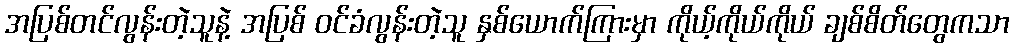
အပြစ်တင်လွန်းတဲ့သူနဲ့ အပြစ် ဝင်ခံလွန်းတဲ့သူ နှစ်ယောက်ကြားမှာ ကိုယ့်ကိုယ်ကိုယ် ချစ်စိတ်တွေကသာ